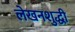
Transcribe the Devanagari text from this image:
लेखनशुद्धी